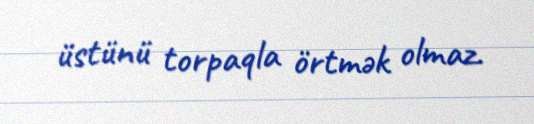
üstünü torpaqla örtmək olmaz.